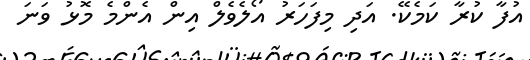
އުފާ ކުރާ ކަމެކޭ. އަދި މިފަހަރު އޯލެވެލް އިން އެންމެ މޮޅު ވަނަ